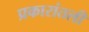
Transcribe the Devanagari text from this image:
प्रकारांतली